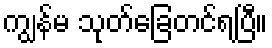
ကျွန်မ သုတ်ခြေတင်ရပြီ။